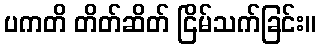
ပကတိ တိတ်ဆိတ် ငြိမ်သက်ခြင်း။